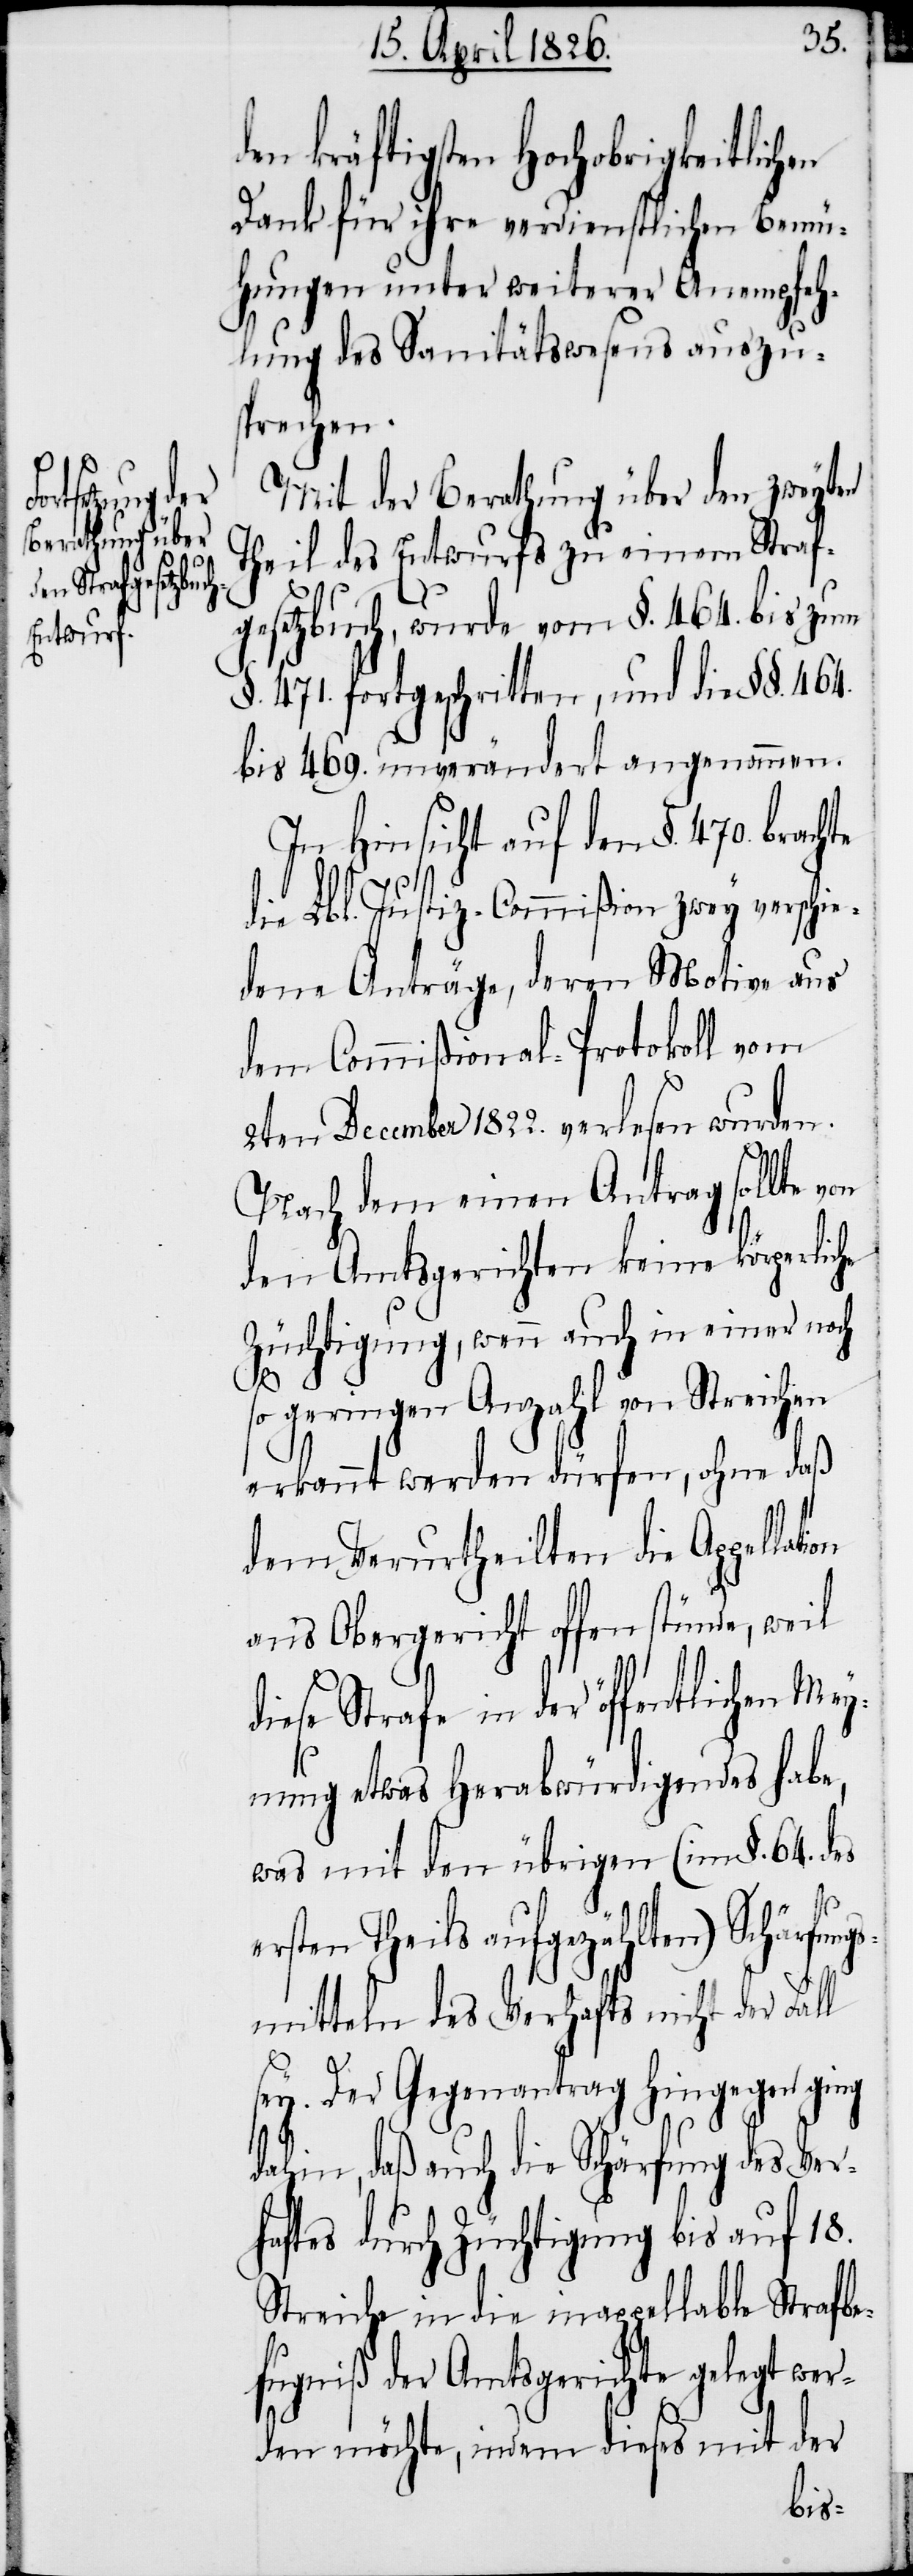
ation

en kräftigsten Hochobrigkeitlichen
Dank für ihre verdienstlichen Bemü¬
hungen unter weiterer Anempfeh¬
lung des Sanitätswesens auszu¬
sprechen.
Mit der Berathung über den zweyten
Theil des Entwurfs zu einem Straf¬
d¬
gesetzbuch, wurde vom §. 464. bis zum
471. fortgeschritten, und die §§.
bis 469. unverändert angenommen.
In Hinsicht auf den §. 470. brachte
die Lbl. Justiz-Commißion zwey verschi¬
edene Anträge, deren Motive aus
dem Commißional-Protokoll vom
2ten December 1822. verlesen wurden.
Nach dem einen Antrag sollte
den Amtsgerichten keine körperliche
Züchtigung, wenn auch in einer noch
464.
so geringen Anzahl von Streichen
erkannt werden dürfen, ohne daß
dem Verurtheilten die Appell¬
ans Obergericht offen stünde, weil
diese Strafe in der öffentlichen Mey¬
nung etwas Herabwürdigendes habe,
was mit den übrigen (im §. 64. des
ersten Theils aufgezählten) Schärfungs¬
mitteln des Verhaftes nicht der
sey. Der Gegenantrag hingegen ging
dahin, daß auch die Schärfung des Ver¬
haftes durch Züchtigung bis auf 18.
Streiche in die inappellable Strafbe¬
fugniß der Amtsgerichte gelegt wer¬
den möchte, indem dieses mit der